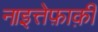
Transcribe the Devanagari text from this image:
नाइत्तेफ़ाक़ी